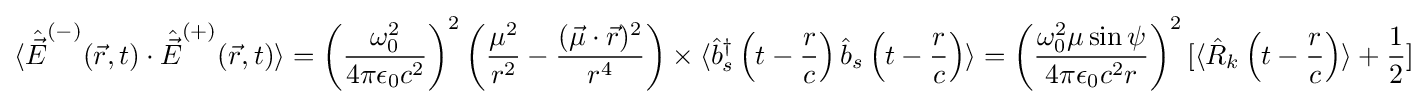
\langle {\hat {\vec {E}}}^{(-)}({\vec {r}},t)\cdot {\hat {\vec {E}}}^{(+)}({\vec {r}},t)\rangle =\left({\frac {\omega _{0}^{2}}{4\pi \epsilon _{0}c^{2}}}\right)^{2}\left({\frac {\mu ^{2}}{r^{2}}}-{\frac {({\vec {\mu }}\cdot {\vec {r}})^{2}}{r^{4}}}\right)\times \langle {\hat {b}}_{s}^{\dagger }\left(t-{\frac {r}{c}}\right){\hat {b}}_{s}\left(t-{\frac {r}{c}}\right)\rangle =\left({\frac {\omega _{0}^{2}\mu \sin \psi }{4\pi \epsilon _{0}c^{2}r}}\right)^{2}[\langle {\hat {R}}_{k}\left(t-{\frac {r}{c}}\right)\rangle +{\frac {1}{2}}]